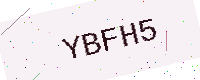
Text: YBFH5